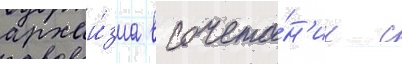
архаи́зма в сочета́н'ии с